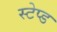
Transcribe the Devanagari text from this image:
स्टेप्ड